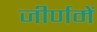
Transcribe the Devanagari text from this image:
जीर्णमें